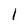
Character: l